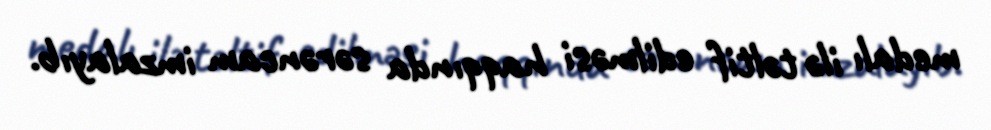
medalı ilə təltif edilməsi haqqında sərəncam imzalayıb.